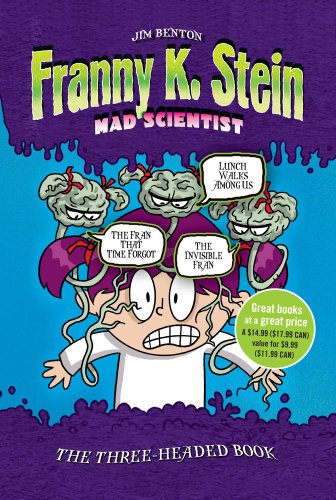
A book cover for The Three-Headed Book: Lunch Walks Among Us; The Invisible Fran; The Fran That Time Forgot (Franny K. Stein, Mad Scientist); Jim Benton; Humor & Entertainment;